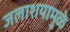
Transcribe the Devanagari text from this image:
जलाशयामुळे